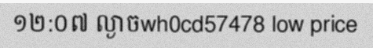
១២:០៧ ល្ងាចwh0cd57478 low price